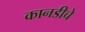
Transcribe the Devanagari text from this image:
कानडीचे